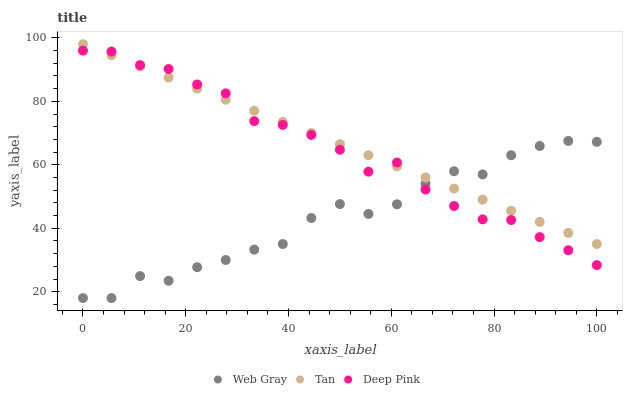
| xaxis_label | Web Gray | Tan | Deep Pink |
 | --- | --- | --- | --- |
 | 0 | 18 | 98 | 96 |
 | 5.56 | 18 | 94.5 | 95.7 |
 | 11.1 | 24.9 | 91 | 91.4 |
 | 16.7 | 23.4 | 87.5 | 90.2 |
 | 22.2 | 27.7 | 84 | 85.3 |
 | 27.8 | 30 | 80.5 | 82.5 |
 | 33.3 | 33.3 | 77 | 73.8 |
 | 38.9 | 35 | 73.5 | 72.6 |
 | 44.4 | 43.2 | 70 | 69.4 |
 | 50 | 47.6 | 66.5 | 64.7 |
 | 55.6 | 44.5 | 63 | 57.8 |
 | 61.1 | 47.6 | 59.5 | 60.7 |
 | 66.7 | 54.1 | 56 | 52.2 |
 | 72.2 | 58 | 52.5 | 47 |
 | 77.8 | 57 | 49 | 42.8 |
 | 83.3 | 63 | 45.5 | 42.6 |
 | 88.9 | 65.9 | 42 | 37.2 |
 | 94.4 | 67.5 | 38.5 | 33.1 |
 | 100 | 67.2 | 35 | 28.4 |